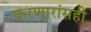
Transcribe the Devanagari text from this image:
करणारांसही